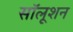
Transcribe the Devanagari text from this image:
सॉलूशन